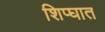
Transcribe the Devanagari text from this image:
शिप्घात